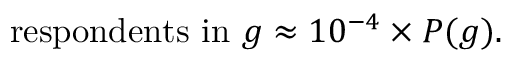
\mathrm { r e s p o n d e n t s \ i n \ } g \approx 1 0 ^ { - 4 } \times P ( g ) .